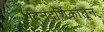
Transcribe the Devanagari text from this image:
दिनदर्शिकांतून